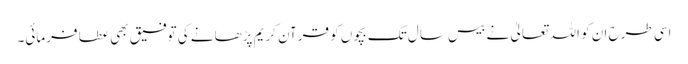
اسی طرح ان کو اللہ تعالیٰ نے بیس سال تک بچوں کو قرآنِ کریم پڑھانے کی توفیق بھی عطا فرمائی۔